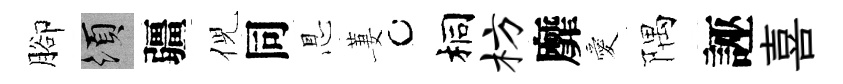
腳須疆倪同㤙萋桐枋靡愛隅誣喜